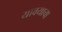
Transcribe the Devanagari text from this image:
यावयाचा